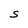
Character: S